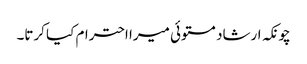
چونکہ ارشاد مستوئی میرا احترام کیا کرتا۔